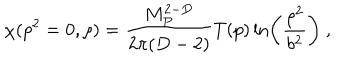
\chi ( p ^ { 2 } = 0 , \rho ) = { \frac { M _ { P } ^ { 2 - D } } { 2 \pi ( D - 2 ) } } T ( p ) \ln \left( { \frac { \rho ^ { 2 } } { b ^ { 2 } } } \right) ~ ,